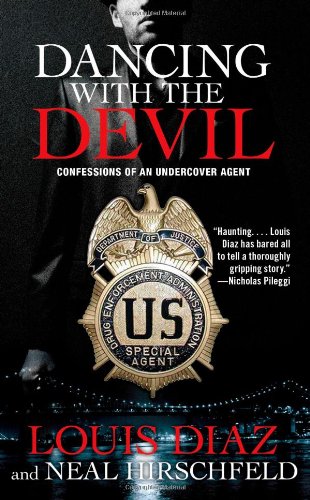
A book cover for Dancing with the Devil: Confessions of an Undercover Agent; Louis Diaz; Biographies & Memoirs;